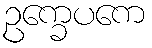
ဥက္ခေပကေ